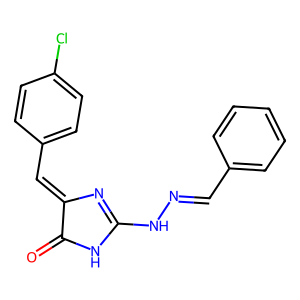
SMILES: O=C1NC(NN=Cc2ccccc2)=NC1=Cc1ccc(Cl)cc1
Inhibits HIV replication: No